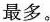
最多。